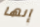
إنها